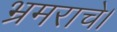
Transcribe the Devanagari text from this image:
भ्रमराचे।